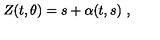
Z ( t , \theta ) = s + \alpha ( t , s ) \ ,